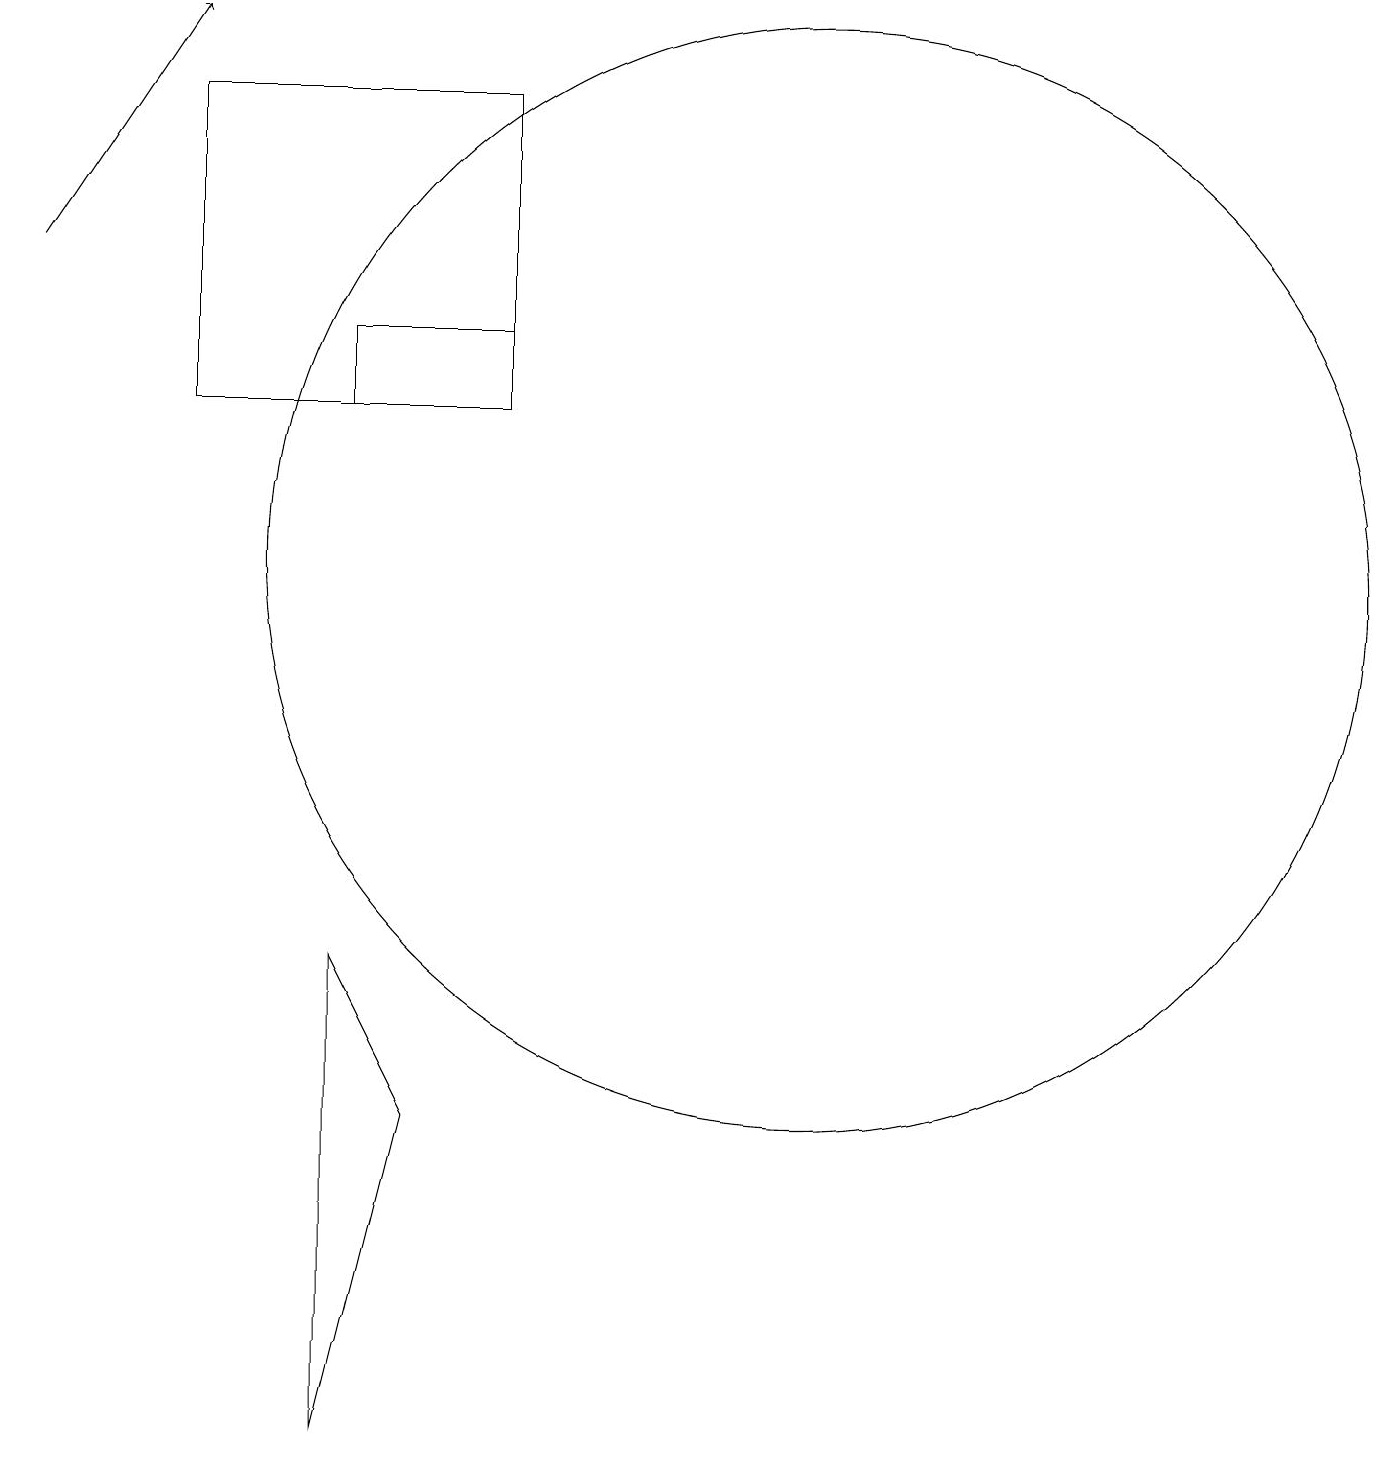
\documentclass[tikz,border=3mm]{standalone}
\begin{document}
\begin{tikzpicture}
\draw (6,13) rectangle (2,17);
\draw (4,14) rectangle (6,13);
\draw (5,4) -- (4,0) -- (4,6) -- cycle;
\draw (10,11) circle (7);
\draw[->] (0,15) -- (2,18);
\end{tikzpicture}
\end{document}